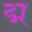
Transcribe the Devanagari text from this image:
द्म